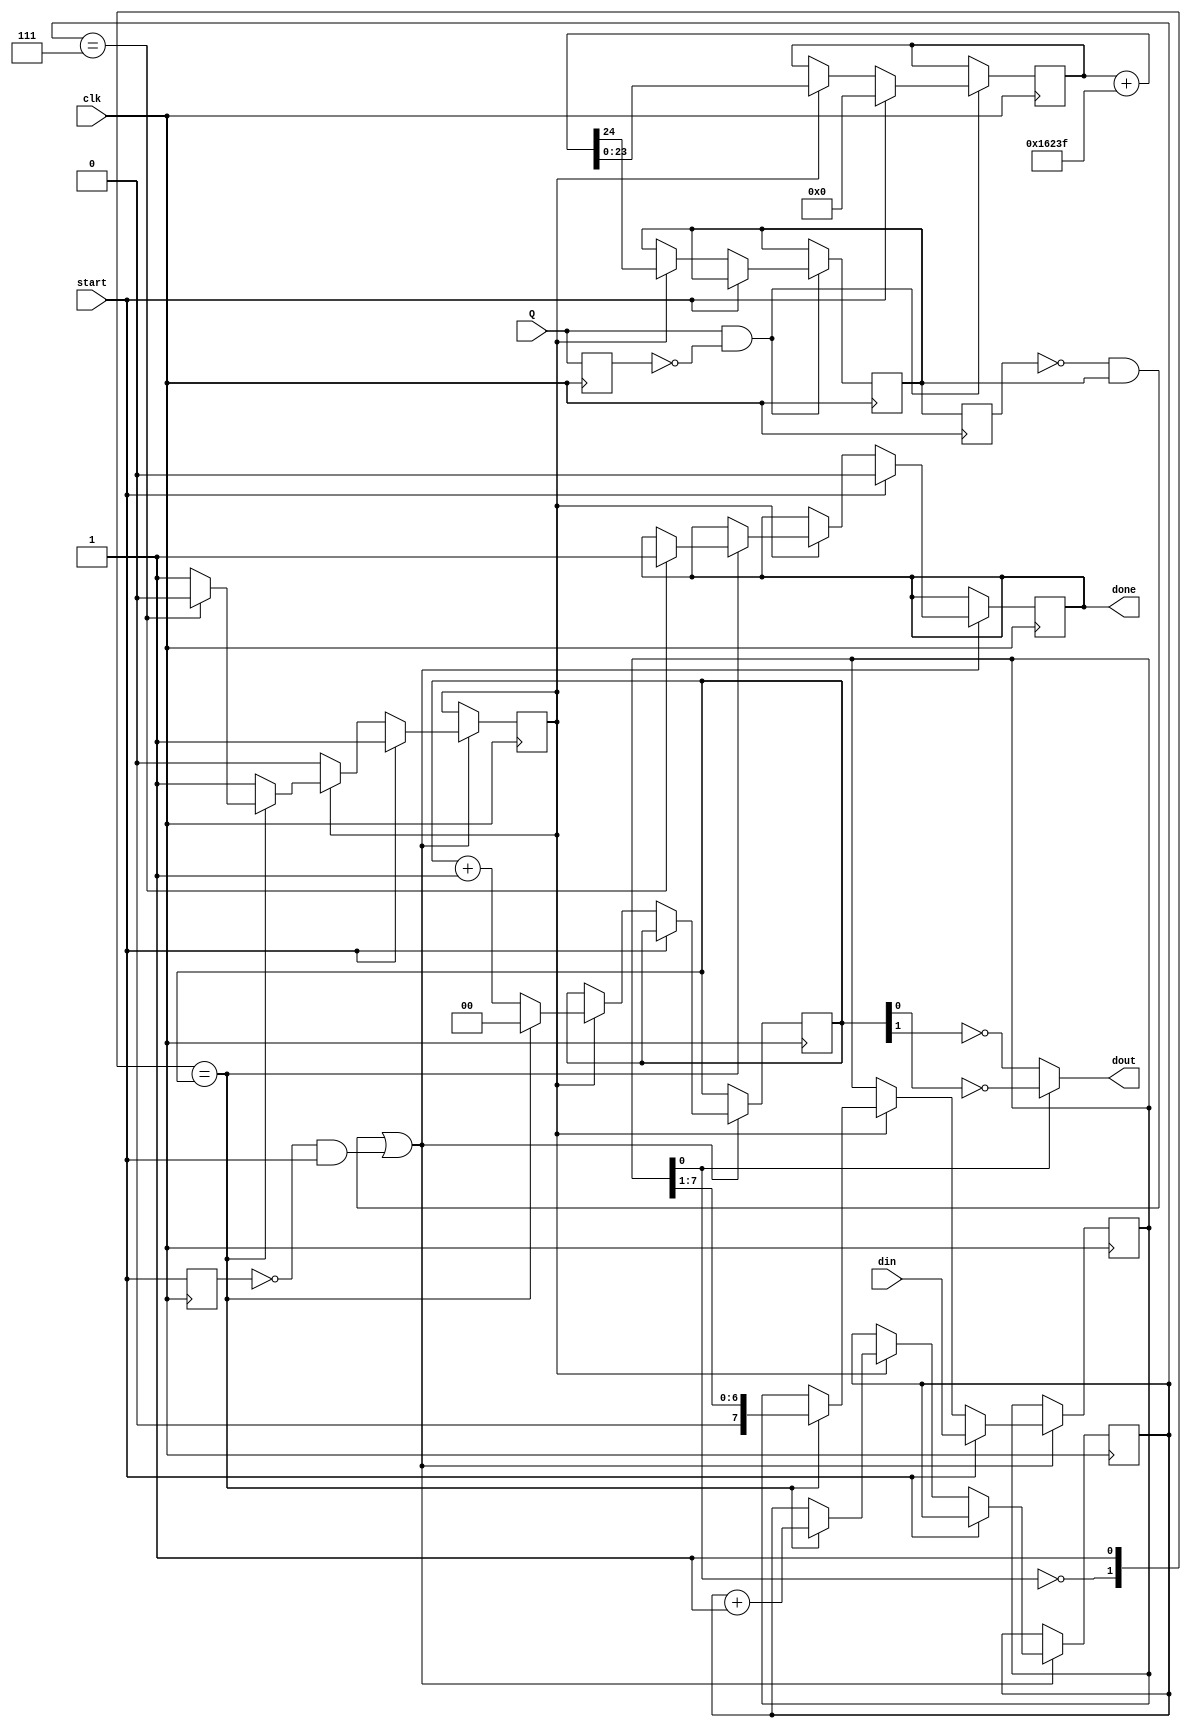

module square_gen(
  input clk,
  input Q,
  input start,
  input [7:0] din,
  output reg done,
  output dout
);

parameter STP = 24'd90687;

reg [23:0] div;
reg [2:0] nbit;
reg [7:0] data;
reg [1:0] cnt;
reg en, pulse;

initial begin
  en = 0;
  nbit = 0;
  cnt = 0;
  div = 0;
end

assign dout = data[0] ? ~cnt[0] : ~cnt[1];

reg q_r;

always @(posedge clk) begin
	if (Q==1 && q_r ==0) begin
		if (start) div <= 24'd0;
		else if (en) { pulse, div } <= div + STP;
	end
  q_r<=Q; 
end


reg pulse_r,start_r;

always @(posedge clk) begin
  if ((pulse_r ==0 && pulse==1) || (start_r ==0 && start==1)) begin
	  if (start) begin
		 en <= 1'b1;
		 done <= 1'b0;
		 data <= din;
	  end
	  else if (en) begin
		 cnt <= cnt + 2'd1;
		 if ({ ~data[0], 1'b1 } == cnt)  begin
			cnt <= 2'd0;
			nbit <= nbit + 3'd1;
			data <= { 1'b0, data[7:1] };
			if (nbit == 3'd7) begin
			  en <= 1'b0;
			  done <= 1'b1;
			end
		 end
	  end
	  end
	pulse_r<=pulse;
	start_r<=start;
  end

endmodule